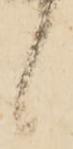
候